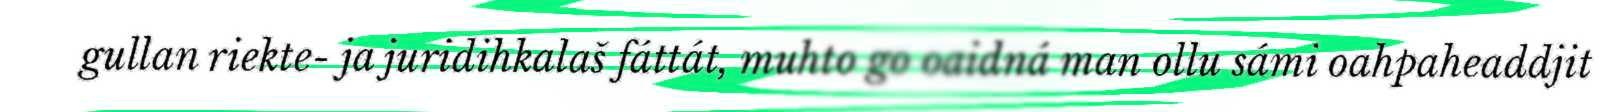
gullan riekte- ja juridihkalaš fáttát, muhto go oaidná man ollu sámi oahpaheaddjit